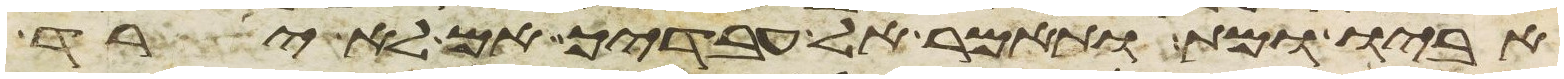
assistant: אביו ומת ותאמר אל עבדיך אם לא ירד